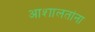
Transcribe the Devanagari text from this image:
आशालतांना